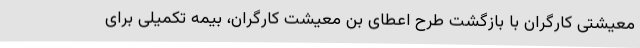
معیشتی کارگران با بازگشت طرح اعطای بن معیشت کارگران، بیمه تکمیلی برای